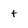
Character: t